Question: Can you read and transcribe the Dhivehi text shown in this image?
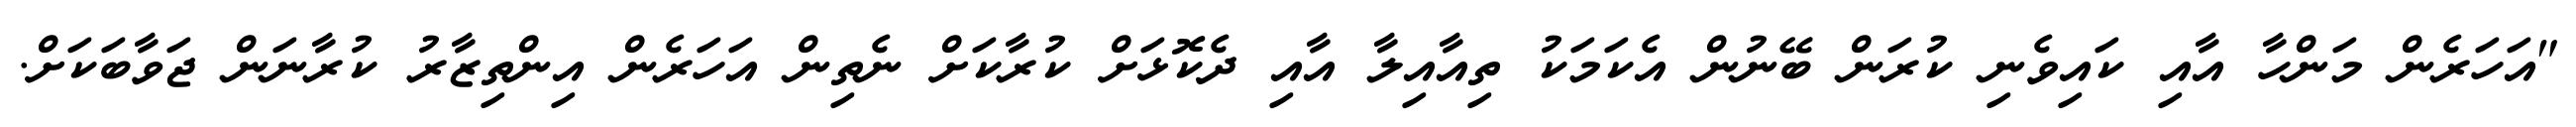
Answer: "އަހަރެން މަންހާ އާއި ކައިވެނި ކުރަން ބޭނުން އެކަމަކު ތިއާއިލާ އާއި ދެކޮޅަށް ކުރާކަށް ނެތިން އަހަރެން އިންތިޒާރު ކުރާނަން ޖަވާބަކަށް.